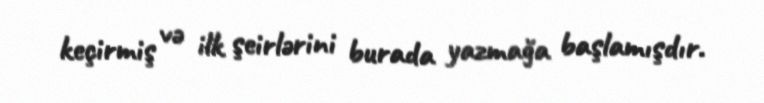
keçirmiş və ilk şeirlərini burada yazmağa başlamışdır.